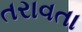
તરાવતા